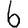
Digit: 6